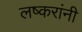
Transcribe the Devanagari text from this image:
लष्करांनी